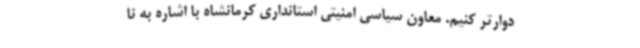
دوارتر کنیم. معاون سیاسی امنیتی استانداری کرمانشاه با اشاره به نا